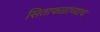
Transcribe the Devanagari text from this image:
सिताफळाच्याच